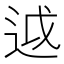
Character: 𨒋